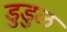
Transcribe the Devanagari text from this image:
डुडुळ